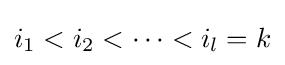
i_{1}<i_{2}<\cdots <i_{l}=k